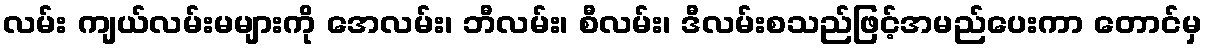
လမ်း ကျယ်လမ်းမများကို အေလမ်း၊ ဘီလမ်း၊ စီလမ်း၊ ဒီလမ်းစသည်ဖြင့်အမည်ပေးကာ တောင်မှ